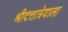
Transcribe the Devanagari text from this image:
श्रीदत्तात्रेयाला